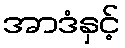
အာဒံနှင့်